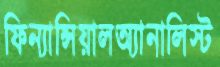
ফিন্যান্সিয়ালঅ্যানালিস্ট